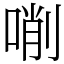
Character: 𠸑